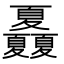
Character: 𡖃